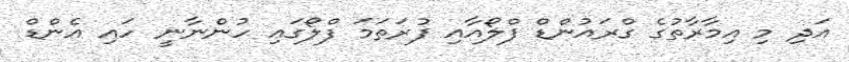
އަދި މި އިމާރާތުގެ ގްރައުންޑް ފްލޯއާއި ފުރަތަމަ ފްލޯގައި ހުންނާނީ ހައި އެންޑް